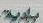
بلريت